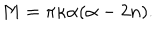
{ M } = \pi \kappa \alpha ( \alpha - 2 n ) .